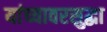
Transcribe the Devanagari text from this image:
यांच्यावरसुद्धा